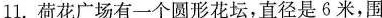
11.荷花广场有一个圆形花坛，直径是6米，围